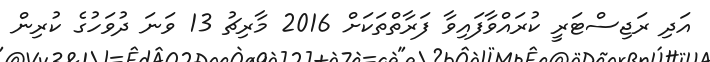
އަދި ރަޖިސްޓަރީ ކުރައްވާފައިވާ ފަރާތްތަކަށްް 2016 މާރިޗު 13 ވަނަ ދުވަހުގެ ކުރިން